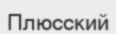
Плюсский